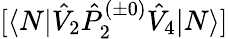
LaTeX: [\langle N|\hat{V}_{2}\hat{P}_{2}^{(\pm 0)}\hat{V}_{4}|N\rangle]